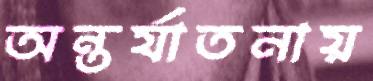
অন্তর্যাতনায়